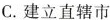
C.建立直辖市